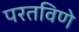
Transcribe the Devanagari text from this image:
परतविणे